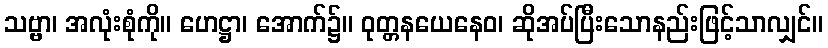
သဗ္ဗာ၊ အလုံးစုံကို။ ဟေဋ္ဌာ၊ အောက်၌။ ဝုတ္တနယေနေဝ၊ ဆိုအပ်ပြီးသောနည်းဖြင့်သာလျှင်။